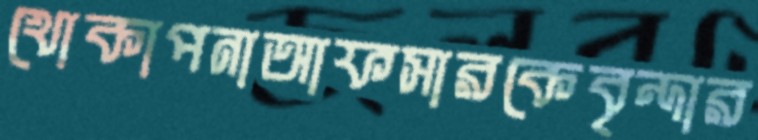
খোকাপনাআফসারকেবৃন্দার